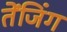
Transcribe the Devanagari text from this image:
तेंजिंग